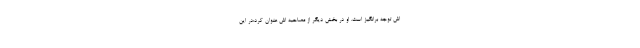
اش توجه برانگیز است. او در بخش دیگر از مصاحبه اش عنوان کرد:در این